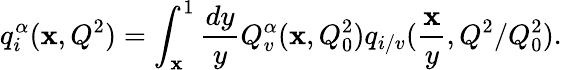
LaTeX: q_{i}^{\alpha}(\mathbf{x},Q^{2})=\int_{\mathbf{x}}^{1}{\frac{{dy}}{{y}}}Q_{v}^{\alpha}(\mathbf{x},Q_{0}^{2})q_{i/v}({\frac{{\mathbf{x}}}{{y}}},Q^{2}/Q_{0}^{2}).